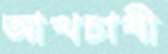
আখচাষী